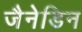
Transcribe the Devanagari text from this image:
जैनेडिन